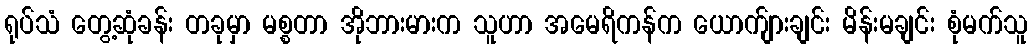
ရုပ်သံ တွေ့ဆုံခန်း တခုမှာ မစ္စတာ အိုဘားမားက သူဟာ အမေရိကန်က ယောက်ျားချင်း မိန်းမချင်း စုံမက်သူ